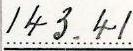
143.41